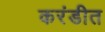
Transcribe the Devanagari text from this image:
करंडीत